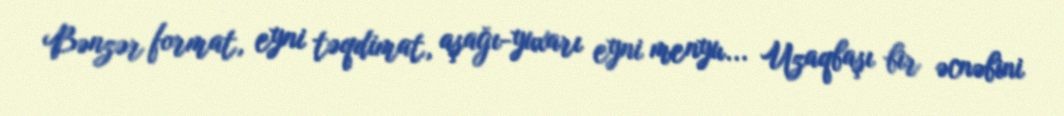
Bənzər format, eyni təqdimat, aşağı-yuxarı eyni menyu... Uzaqbaşı bir əcnəbini